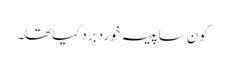
کون ساپیسہ خوردبردکیاتھا۔